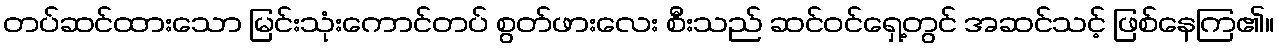
တပ်ဆင်ထားသော မြင်းသုံးကောင်တပ် စွတ်ဖားလေး စီးသည် ဆင်ဝင်ရှေ့တွင် အဆင်သင့် ဖြစ်နေကြ၏။